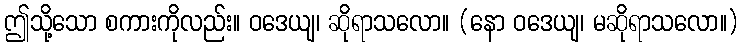
ဤသို့သော စကားကိုလည်း။ ဝဒေယျ၊ ဆိုရာသလော။ (နော ဝဒေယျ၊ မဆိုရာသလော။)